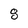
Character: 8